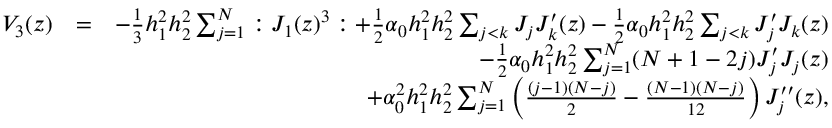
\begin{array} { r l r } { V _ { 3 } ( z ) } & { = } & { - \frac { 1 } { 3 } h _ { 1 } ^ { 2 } h _ { 2 } ^ { 2 } \sum _ { j = 1 } ^ { N } : J _ { 1 } ( z ) ^ { 3 } : + \frac { 1 } { 2 } \alpha _ { 0 } h _ { 1 } ^ { 2 } h _ { 2 } ^ { 2 } \sum _ { j < k } J _ { j } J _ { k } ^ { \prime } ( z ) - \frac { 1 } { 2 } \alpha _ { 0 } h _ { 1 } ^ { 2 } h _ { 2 } ^ { 2 } \sum _ { j < k } J _ { j } ^ { \prime } J _ { k } ( z ) } \\ & { } & { - \frac { 1 } { 2 } \alpha _ { 0 } h _ { 1 } ^ { 2 } h _ { 2 } ^ { 2 } \sum _ { j = 1 } ^ { N } ( N + 1 - 2 j ) J _ { j } ^ { \prime } J _ { j } ( z ) } \\ & { } & { + \alpha _ { 0 } ^ { 2 } h _ { 1 } ^ { 2 } h _ { 2 } ^ { 2 } \sum _ { j = 1 } ^ { N } \left( \frac { ( j - 1 ) ( N - j ) } { 2 } - \frac { ( N - 1 ) ( N - j ) } { 1 2 } \right) J _ { j } ^ { \prime \prime } ( z ) , } \end{array}